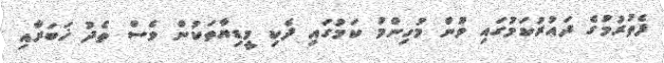
ފެތުރުމުގެ ދައުރުކަމުގައި ވުން މުހިންމު ކަމުގައި ދެކި މީޑިޔާތަކުން ވެސް ތެދު ޚަބަރާއި